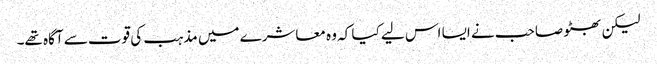
لیکن بھٹو صاحب نے ایسا اس لیے کیا کہ وہ معاشرے میں مذہب کی قوت سے آگاہ تھے۔